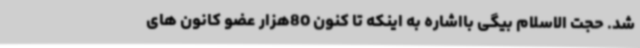
شد. حجت الاسلام بیگی بااشاره به اینکه تا کنون 80هزار عضو کانون های